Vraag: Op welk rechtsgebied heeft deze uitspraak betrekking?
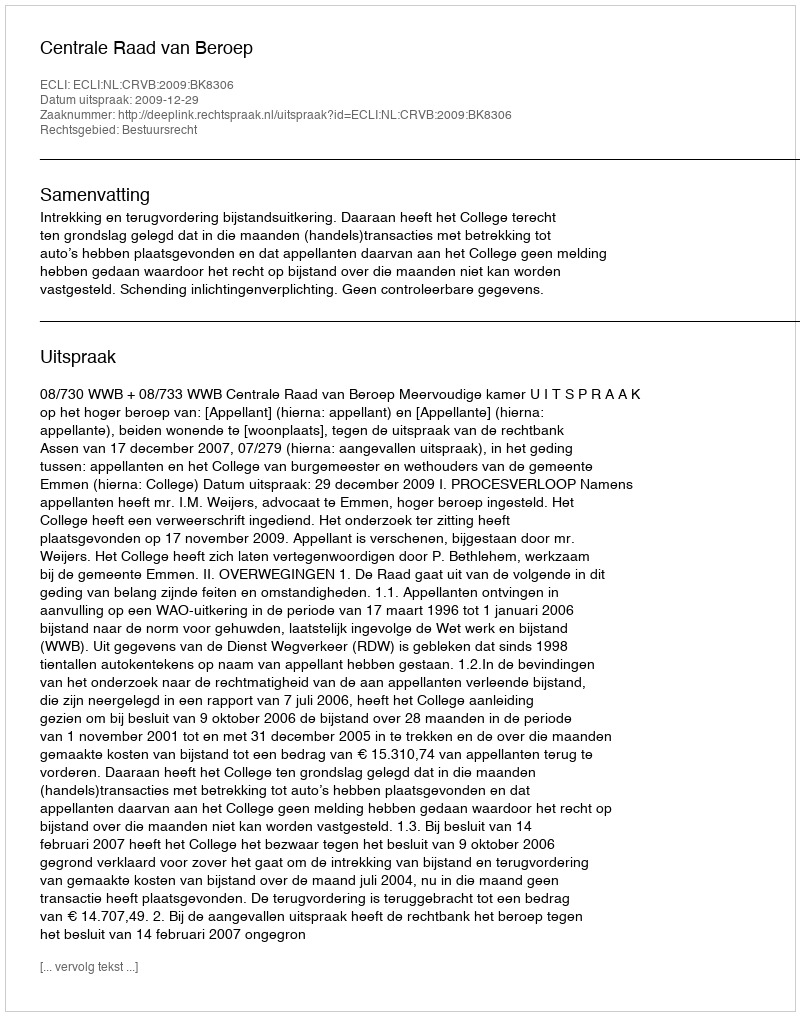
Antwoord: Bestuursrecht